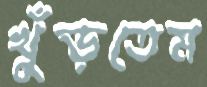
খুঁড়তেম